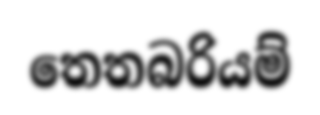
තෙතබරියම්